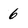
Character: 6